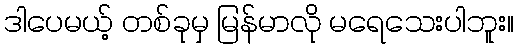
ဒါပေမယ့် တစ်ခုမှ မြန်မာလို မရေသေးပါဘူး။